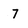
Character: 7